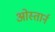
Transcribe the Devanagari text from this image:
ओस्तार्न